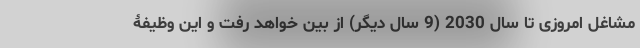
مشاغل امروزی تا سال 2030 (9 سال دیگر) از بین خواهد رفت و این وظیفۀ